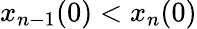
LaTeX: x_{n-1}(0)<x_{n}(0)